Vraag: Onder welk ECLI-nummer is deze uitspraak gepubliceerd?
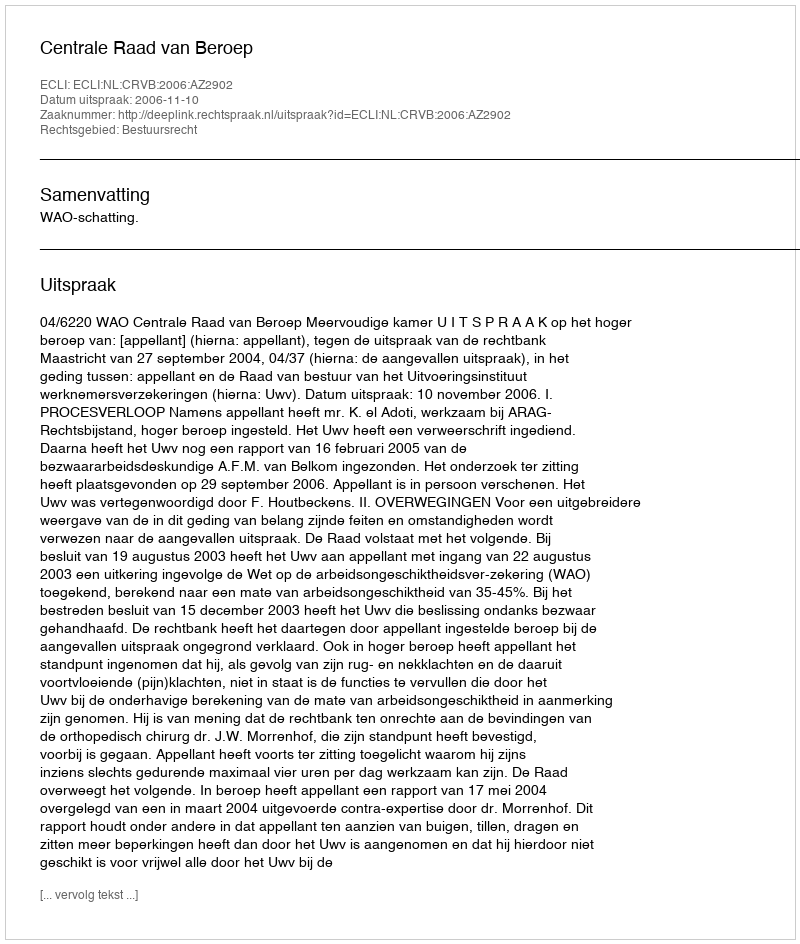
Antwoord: ECLI:NL:CRVB:2006:AZ2902